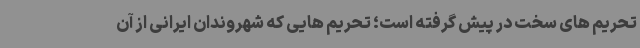
تحریم های سخت در پیش گرفته است؛ تحریم هایی که شهروندان ایرانی از آن